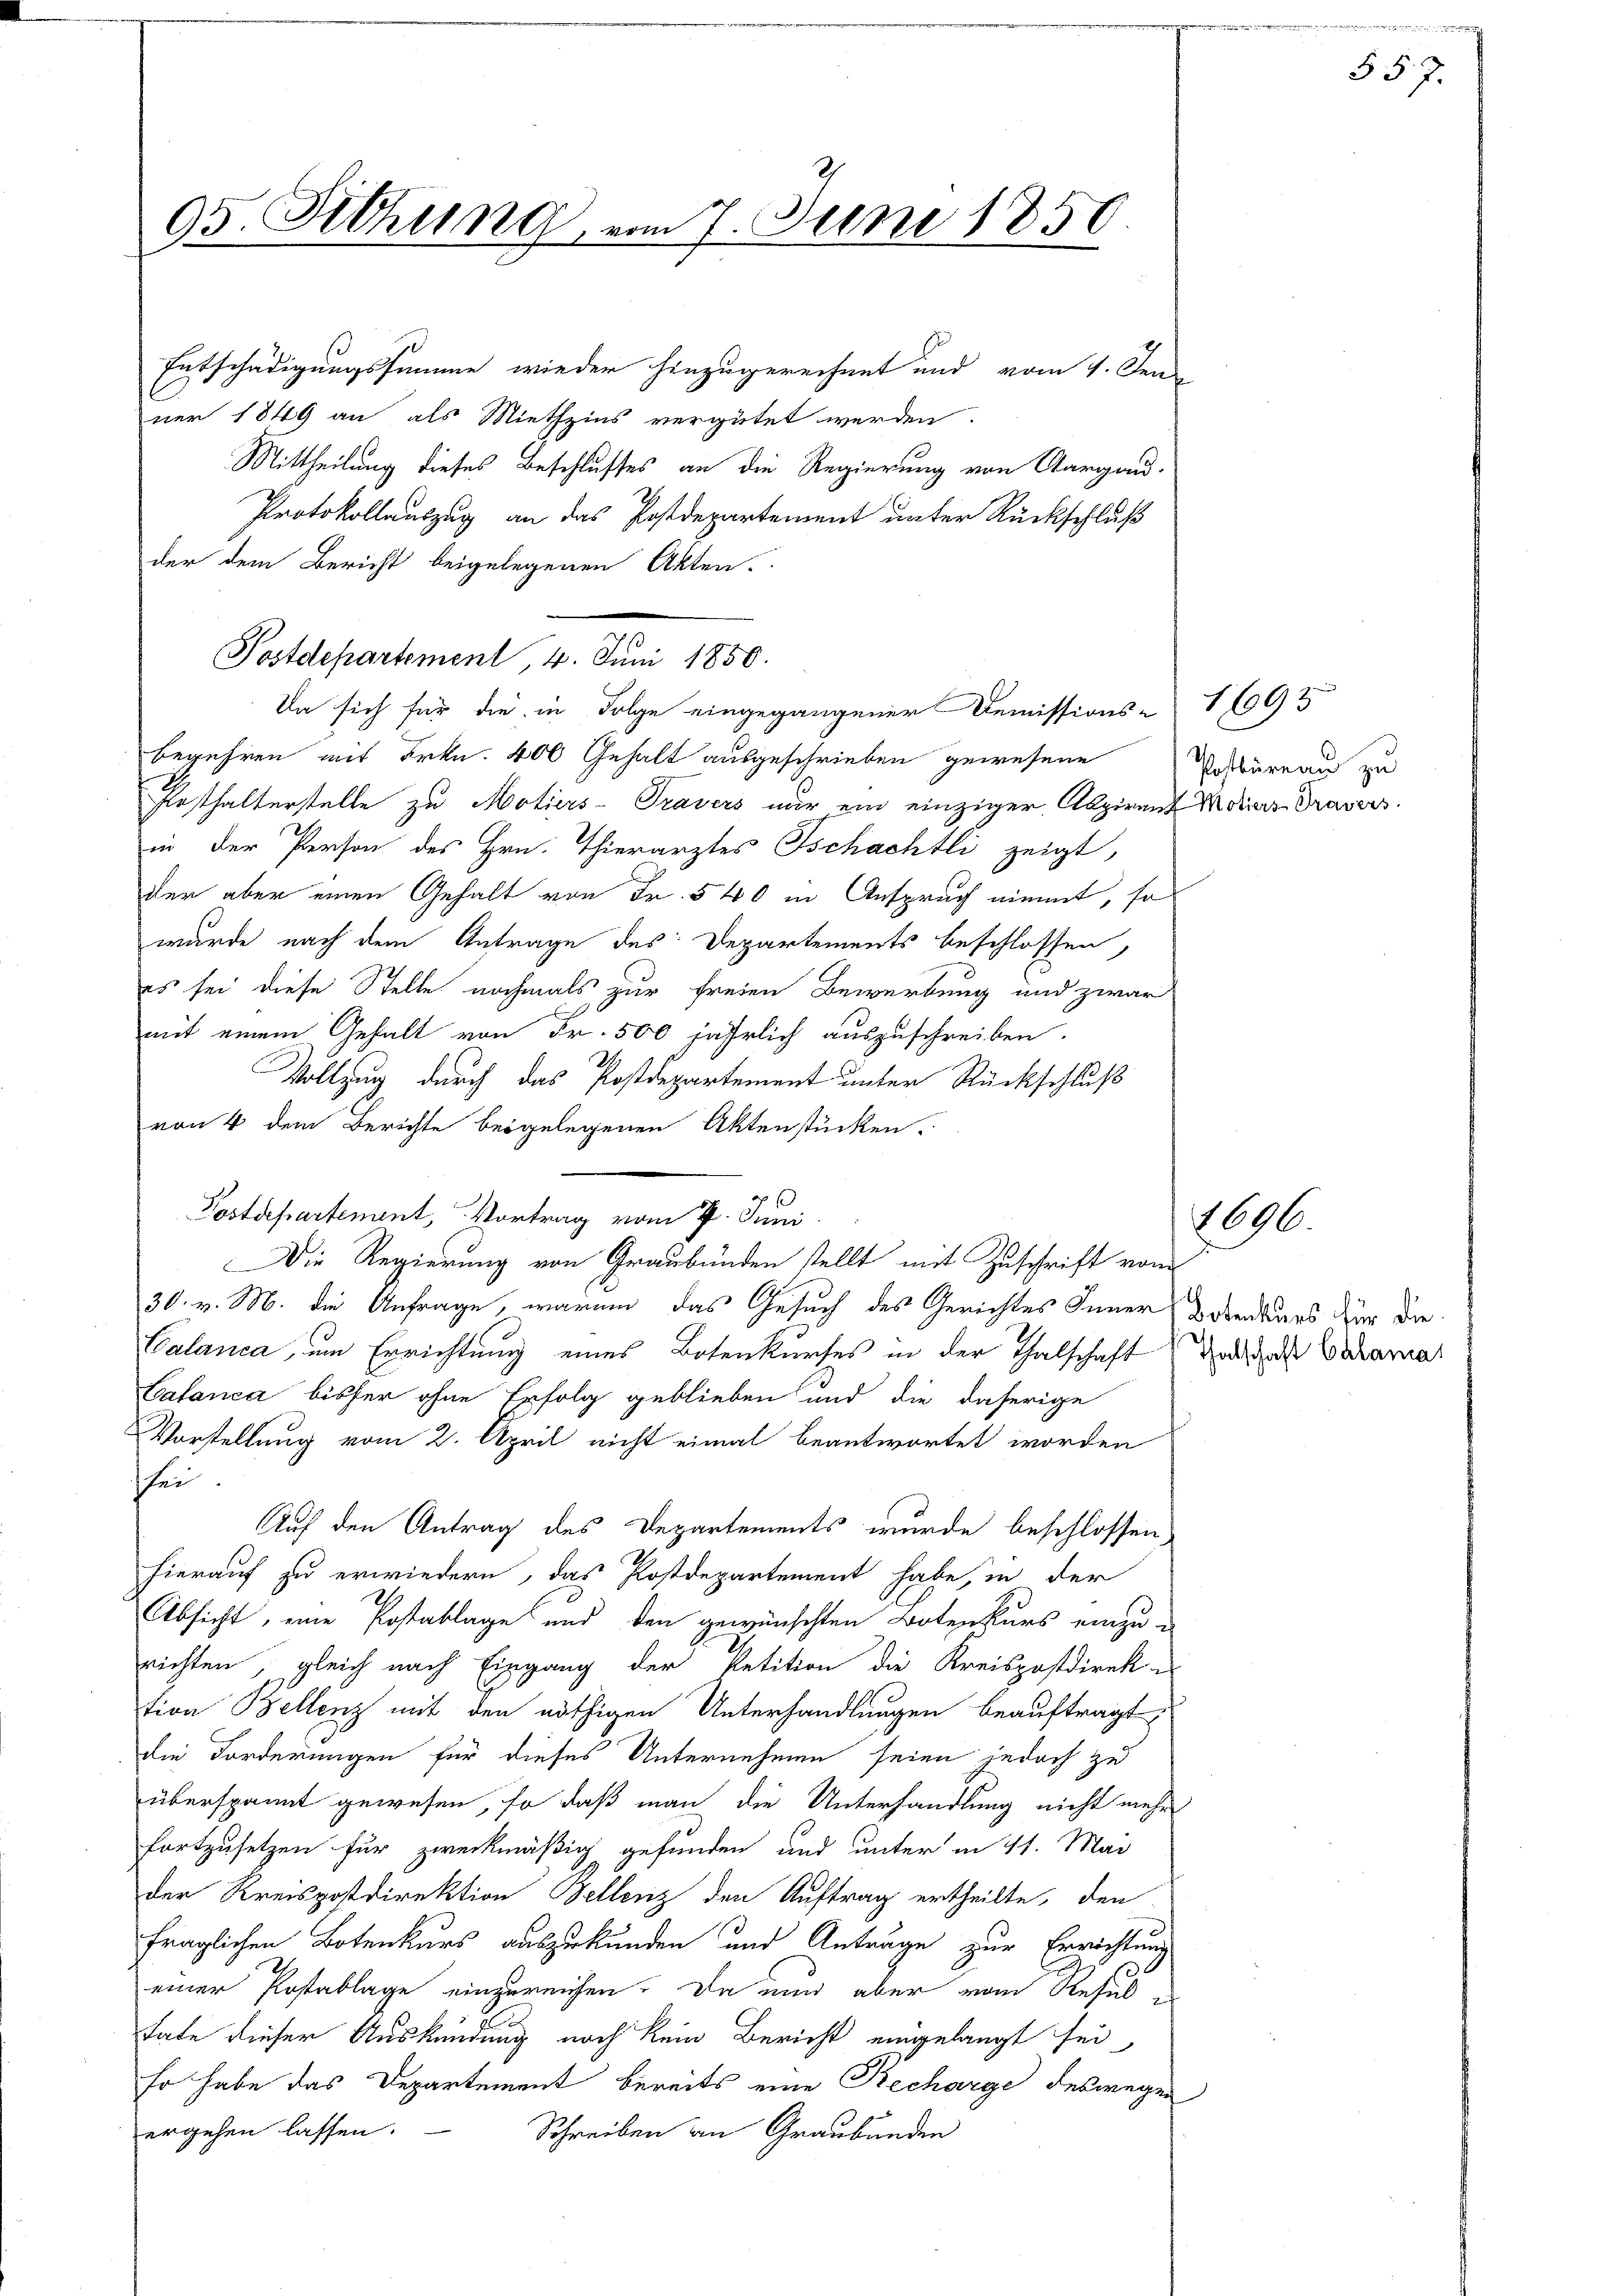
Entschädigungssumme wieder hinzugerechnet und vom 1. Jen
ner 1849 an als Miethzins vergütet werden.
Mittheilung dieses Beschlusses an die Regierung von Aargau.
Protokollauszug an das Postdepartement unter Rückschluß
der dem Bericht beigelegenen Akten.
Da sich für die in Folge eingegangener Demissions-1093
begehren mit Frkn. 400 Gehalt ausgeschrieben gewesene
rsthalterstelle zu Motiers-Travers nur ein einziger Abzirant Motions Travers
in der Person des Hrn. Thierarztes Tschachtli zeigt,
der aber einen Gehalt von Fr. 540 in Anspruch nimmt, so
wurde nach dem Antrage des Departements beschlossen,
es sei diese Stelle nochmals zur freien Bewerbung und zwar
mit einem Gehalt von Fr. 500 jährlich auszuschreiben.
Vollzug durch das Postdepartement unter Rückschluß
von 4 dem Berichte beigelegenen Aktenstücken.
Postdepartement, Vortrag vom 7. Juni
Die Regierung von Graubünden stellt mit Zuschrift vom
30. v. M. die Anfrage, warum das Gesuch des Gerichtes Inner Bodenkers zur die¬
Calanca, um Errichtung eines Botenkurses in der Thalschaft
Catanea bisher ohne Erfolg geblieben und die daherige
Vorstellung vom 2. April nicht eimal beantwortet worden
sei.
Auf den Antrag des Departements wurde beschlossen,
hierauf zu erwiedern, das Postdepartement habe, in der
Absicht, eine Postablage und den gewünschten Botenkurs einzu-
richten, gleich nach Eingang der Petition die Kreispostdirek-
tion Bellenz mit den nöthigen Unterhandlungen beauftragt,
die Forderungen für dieses Unternehmen seien jedoch zu
überspannt gewesen, so daß man die Unterhandlung nicht mehr
fortzusetzen für zweckmäßig gefunden und unter in 11. Mai
der Kreispostdirektion Bellenz den Auftrag ertheilte, den
fraglichen Botenkurs auszukunden und Anträge zur Errichtung
einer Postablage einzureichen. Da nun aber vom Resul e
tate dieser Auskündung noch kein Bericht eingelangt sei,
Er habe das Departement bereits eine Recharge deswegen
ergehen lassen.
Schreiben von Graubünden

95. Sitzung, vom 7. Juni 1850

Postdepartement, 4. Juni 1850.

Postureau zu

1696.

.
§ 57.

Thalschaft Calamat